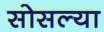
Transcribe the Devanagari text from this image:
सोसल्या